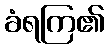
ခံရကြ၏